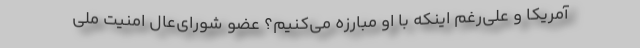
آمریکا و علی‌رغم اینکه با او مبارزه می‌کنیم؟ عضو شورای‌عال امنیت ملّی